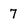
Character: 7